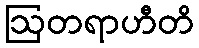
ဩတရာဟီတိ